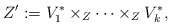
\begin{align*}Z':=V^*_1\times_Z \cdots \times_Z V^*_k,\end{align*}